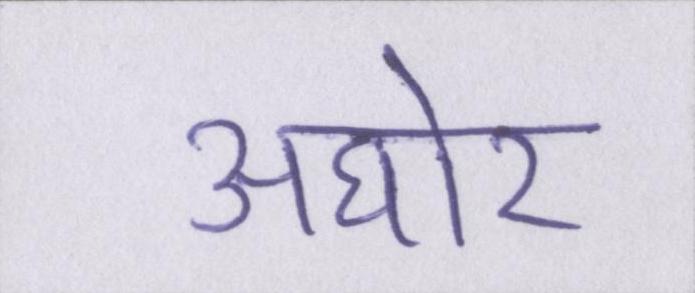
अघोर